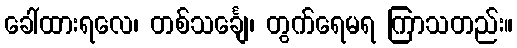
ခေါ်ထားရလေ၊ တစ်သင်္ချေ၊ တွက်ရေမရ ကြာသတည်း။